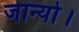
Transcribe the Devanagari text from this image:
जान्यो।